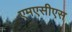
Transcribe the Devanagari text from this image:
एमएसीएस